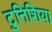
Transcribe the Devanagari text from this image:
टुनिशिया